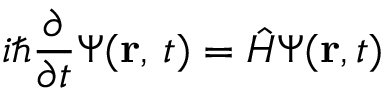
i \hbar { \frac { \partial } { \partial t } } \Psi ( \mathbf { r } , \, t ) = { \hat { H } } \Psi ( \mathbf { r } , t ) \,